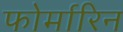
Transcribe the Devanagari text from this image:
फोर्मारिन